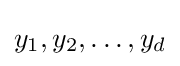
y_{1},y_{2},\ldots ,y_{d}